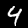
Label: 4